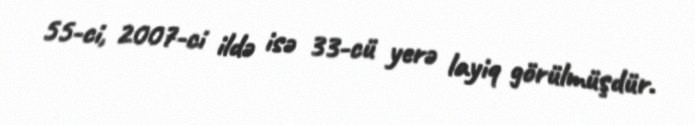
55-ci, 2007-ci ildə isə 33-cü yerə layiq görülmüşdür.